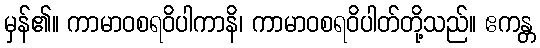
မှန်၏။ ကာမာဝစရဝိပါကာနိ၊ ကာမာဝစရဝိပါတ်တို့သည်။ ဧကန္တ